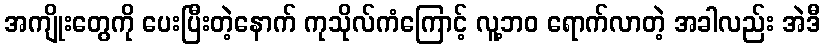
အကျိုးတွေကို ပေးပြီးတဲ့နောက် ကုသိုလ်ကံကြောင့် လူ့ဘဝ ရောက်လာတဲ့ အခါလည်း အဲဒီ